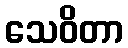
သေဝိတာ